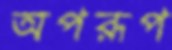
অপরূপ